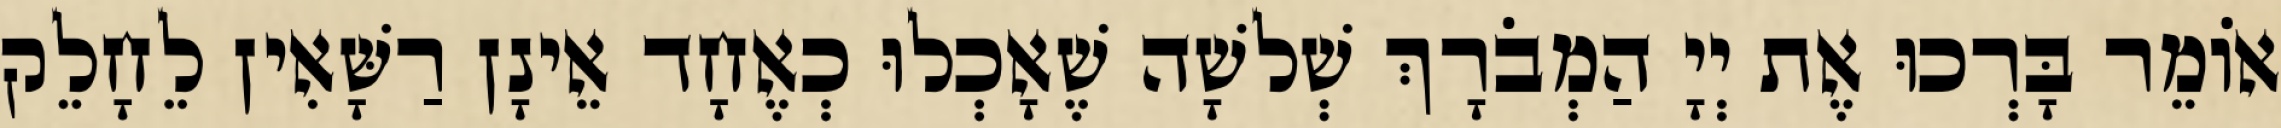
אוֹמֵר בָּרְכוּ אֶת יְיָ הַמְבֹרָךְ שְׁלשָׁה שֶׁאָכְלוּ כְאֶחָד אֵינָן רַשָּׁאִין לֵחָלֵק